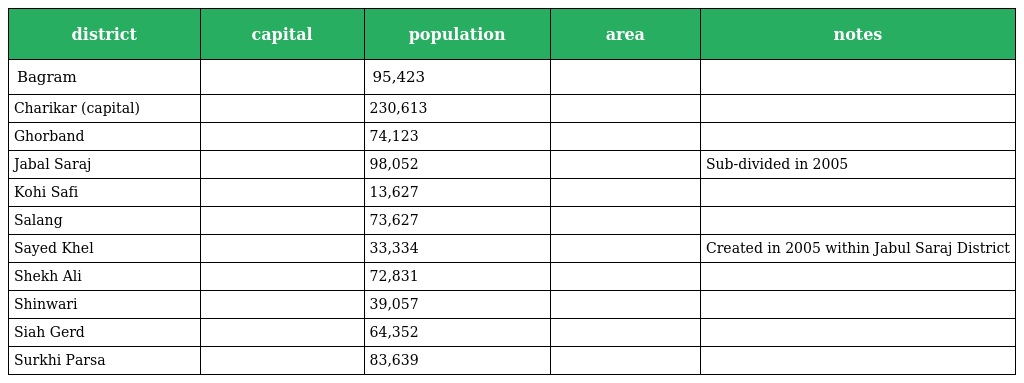
| district | capital | population | area | notes |
 | --- | --- | --- | --- | --- |
 | Bagram |  | 95,423 |  |  |
 | Charikar (capital) |  | 230,613 |  |  |
 | Ghorband |  | 74,123 |  |  |
 | Jabal Saraj |  | 98,052 |  | Sub-divided in 2005 |
 | Kohi Safi |  | 13,627 |  |  |
 | Salang |  | 73,627 |  |  |
 | Sayed Khel |  | 33,334 |  | Created in 2005 within Jabul Saraj District |
 | Shekh Ali |  | 72,831 |  |  |
 | Shinwari |  | 39,057 |  |  |
 | Siah Gerd |  | 64,352 |  |  |
 | Surkhi Parsa |  | 83,639 |  |  |